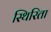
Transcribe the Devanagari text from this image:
स्थिरिता